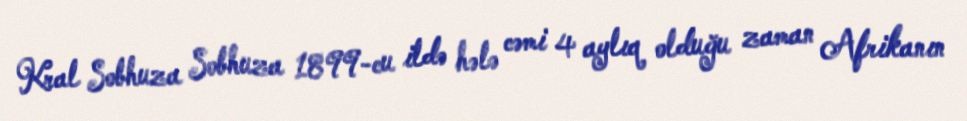
Kral Sobhuza Sobhuza 1899-cu ildə hələ cəmi 4 aylıq olduğu zaman Afrikanın